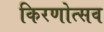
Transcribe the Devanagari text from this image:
किरणोत्सव